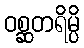
ဝစ္ဆတရိမ္ပိ